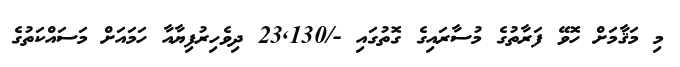
މި މަޤާމަށް ހޮވޭ ފަރާތުގެ މުސާރައިގެ ގޮތުގައި -/23